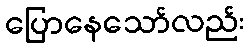
ပြောနေသော်လည်း